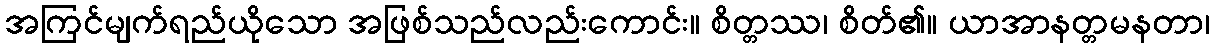
အကြင်မျက်ရည်ယိုသော အဖြစ်သည်လည်းကောင်း။ စိတ္တဿ၊ စိတ်၏။ ယာအာနတ္တမနတာ၊